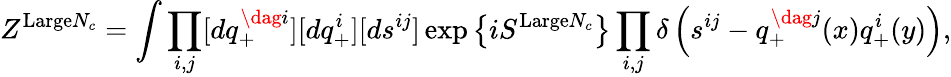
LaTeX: Z^{\mathrm{Large}N_{c}}=\int\prod_{i,j}[dq_{+}^{\dag i}][dq_{+}^{i}][ds^{ij}]\exp\left\{ iS^{\mathrm{Large}N_{c}}\right\} \prod_{i,j}\delta\left(s^{ij}-q_{+}^{\dag j}(x)q_{+}^{i}(y)\right),